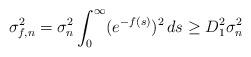
LaTeX: \begin{align*} \sigma_{f,n}^2 = \sigma_n^2 \int_0^\infty (e^{-f(s)})^2 \, ds \geq D^2_1 \sigma_n^2\end{align*}